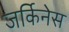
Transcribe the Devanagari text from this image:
जर्किनेस